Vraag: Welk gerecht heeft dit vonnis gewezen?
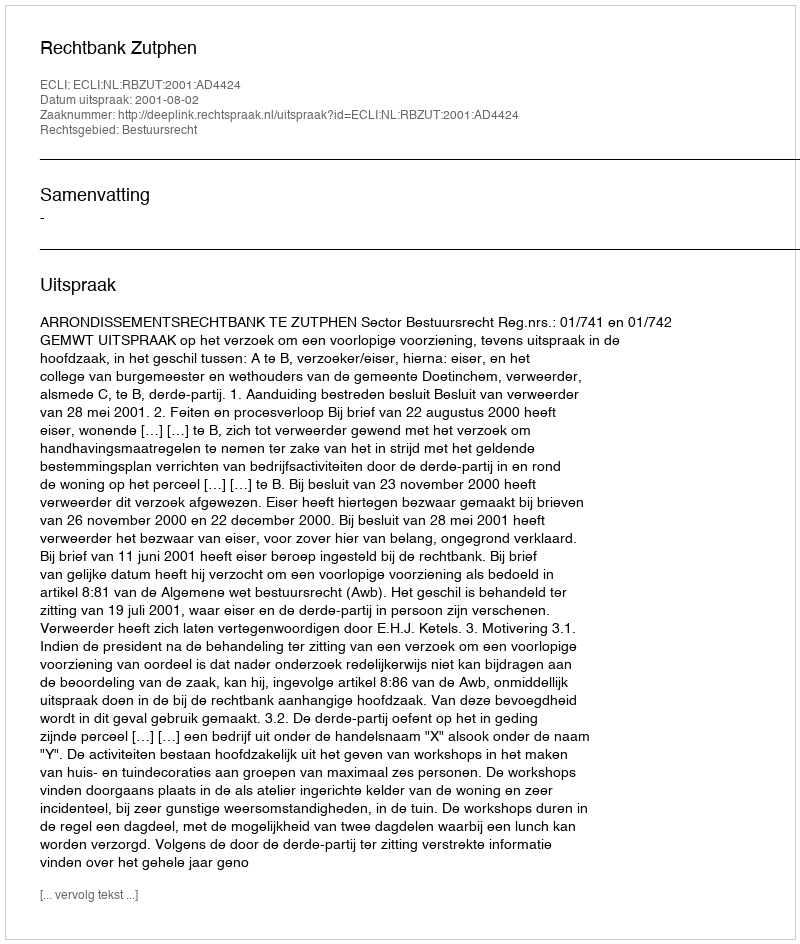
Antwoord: Rechtbank Zutphen